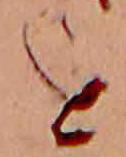
を